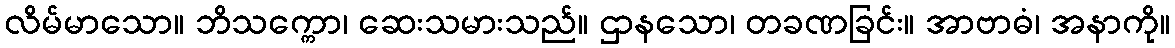
လိမ်မာသော။ ဘိသက္ကော၊ ဆေးသမားသည်။ ဌာနသော၊ တခဏခြင်း။ အာဗာဓံ၊ အနာကို။